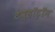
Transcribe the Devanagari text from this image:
टेव्हॉट्रॉन